Scottish Leaving Certificate Examination, 1959
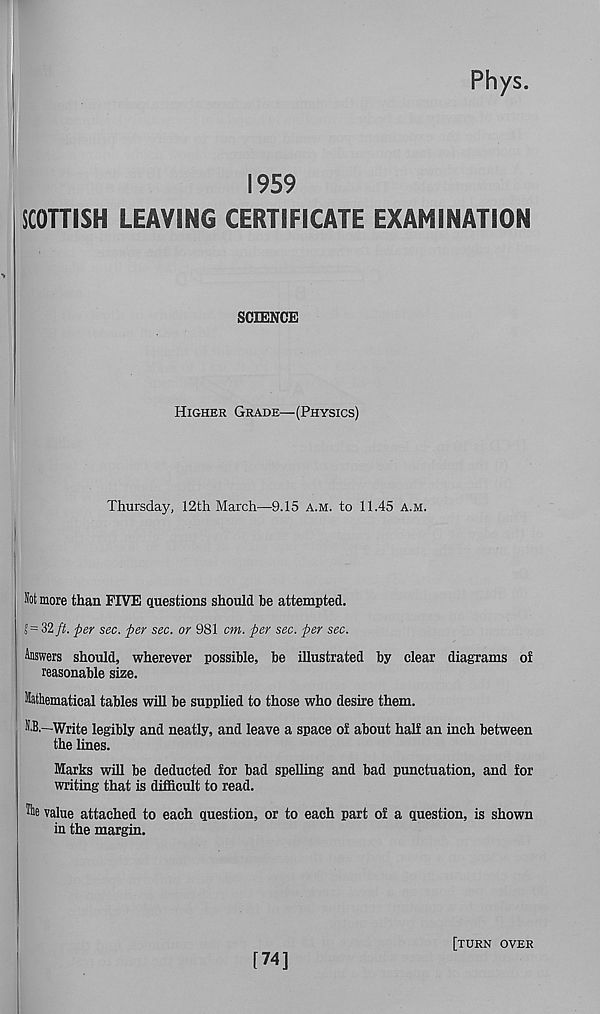
Rhys
1959
SCOTTISH LEAVING CERTIFICATE EXAMINATION
SCIENCE
Higher Grade—(Physics)
Thursday, 12th March—9.15 a.m. to 11.45 a.m.
Sot more than FIVE questions should be attempted.
f = 32 ft. per sec. per sec. or 981 cm. per sec. per sec.
Answers should, wherever possible, be illustrated by clear diagrams of
reasonable size.
Mathematical tables will be supplied to those who desire them.
S.B,—Write legibly and neatly, and leave a space of about half an inch between
the lines.
Marks will be deducted for bad spelling and bad punctuation, and for
writing that is difficult to read.
value attached to each question, or to each part of a question, is shown
in the margin.
[74]
[turn over